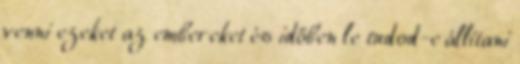
venni ezeket az embereket és időben le tudod-e állítani